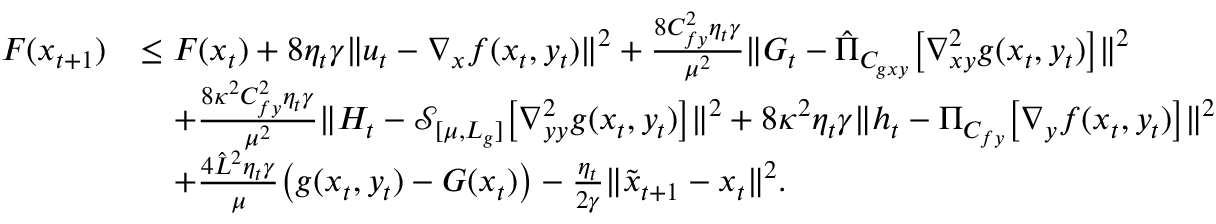
\begin{array} { r l } { F ( x _ { t + 1 } ) } & { \leq F ( x _ { t } ) + 8 \eta _ { t } \gamma \| u _ { t } - \nabla _ { x } f ( x _ { t } , y _ { t } ) \| ^ { 2 } + \frac { 8 C _ { f y } ^ { 2 } \eta _ { t } \gamma } { \mu ^ { 2 } } \| G _ { t } - \hat { \Pi } _ { C _ { g x y } } \big [ \nabla _ { x y } ^ { 2 } g ( x _ { t } , y _ { t } ) \big ] \| ^ { 2 } } \\ & { \quad + \frac { 8 \kappa ^ { 2 } C _ { f y } ^ { 2 } \eta _ { t } \gamma } { \mu ^ { 2 } } \| H _ { t } - \mathcal { S } _ { [ \mu , L _ { g } ] } \big [ \nabla _ { y y } ^ { 2 } g ( x _ { t } , y _ { t } ) \big ] \| ^ { 2 } + 8 \kappa ^ { 2 } \eta _ { t } \gamma \| h _ { t } - \Pi _ { C _ { f y } } \big [ \nabla _ { y } f ( x _ { t } , y _ { t } ) \big ] \| ^ { 2 } } \\ & { \quad + \frac { 4 \hat { L } ^ { 2 } \eta _ { t } \gamma } { \mu } \big ( g ( x _ { t } , y _ { t } ) - G ( x _ { t } ) \big ) - \frac { \eta _ { t } } { 2 \gamma } \| \tilde { x } _ { t + 1 } - x _ { t } \| ^ { 2 } . } \end{array}